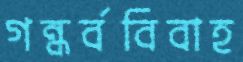
গন্ধর্ববিবাহ